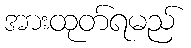
အားထုတ်ရမည်